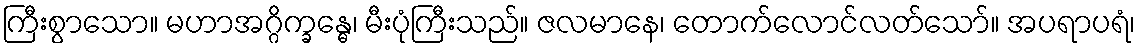
ကြီးစွာသော။ မဟာအဂ္ဂိက္ခန္ဓေ၊ မီးပုံကြီးသည်။ ဇလမာနေ၊ တောက်လောင်လတ်သော်။ အပရာပရံ၊